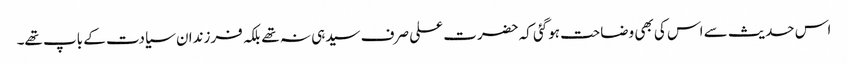
اس حدیث سے اس کی بھی وضاحت ہوگئی کہ حضرت علی صرف سیدہی نہ تھے بلکہ فرزندان سیادت کے باپ تھے۔